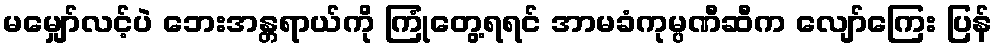
မမျှော်လင့်ပဲ ဘေးအန္တရာယ်ကို ကြုံတွေ့ရရင် အာမခံကုမ္ပဏီဆီက လျော်ကြေး ပြန်